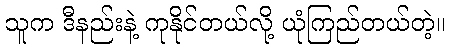
သူက ဒီနည်းနဲ့ ကုနိုင်တယ်လို့ ယုံကြည်တယ်တဲ့။